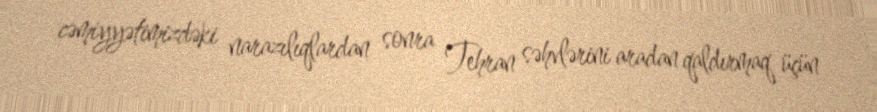
cəmiyyətimizdəki narazılıqlardan sonra Tehran səhvlərini aradan qaldırmaq üçün